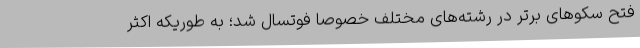
فتح سکوهای برتر در رشته‌های مختلف خصوصا فوتسال شد؛ به طوریکه اکثر